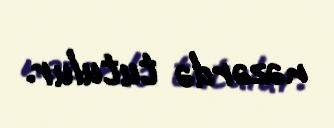
nəzərdə tutulur.